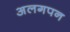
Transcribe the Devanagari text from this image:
अलगपन